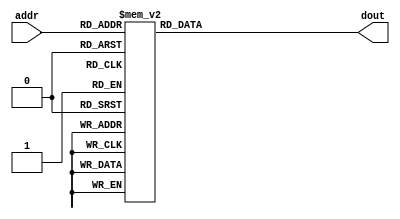
module l_ltf_rom
(
  input      [7:0]  addr,
  output reg [31:0] dout  
);

  always @ *
    case (addr)
              0:   dout = 32'hEC000000;
              1:   dout = 32'h0193F382;
              2:   dout = 32'h0BBDF273;
              3:   dout = 32'hF43DF143;
              4:   dout = 32'hFFA4F91E;
              5:   dout = 32'h099C097A;
              6:   dout = 32'hEFB402A0;
              7:   dout = 32'hF066021F;
              8:   dout = 32'hFB841350;
              9:   dout = 32'hF8C602CA;
             10:   dout = 32'hF848F598;
             11:   dout = 32'h08E7FE31;
             12:   dout = 32'h0A86F42E;
             13:   dout = 32'hEF33F7A7;
             14:   dout = 32'hF8ADFAF8;
             15:   dout = 32'h04BAF369;
             16:   dout = 32'h08000800;
             17:   dout = 32'h0F430086;
             18:   dout = 32'hFD1FEB70;
             19:   dout = 32'h078201EA;
             20:   dout = 32'h0322077E;
             21:   dout = 32'hEE7D0611;
             22:   dout = 32'h00200EB8;
             23:   dout = 32'h06D4FF7A;
             24:   dout = 32'h0C7C0350;
             25:   dout = 32'hFB180D97;
             26:   dout = 32'hF1430710;
             27:   dout = 32'h07A80B3A;
             28:   dout = 32'h02B4FC6E;
             29:   dout = 32'h0C65F567;
             30:   dout = 32'h05170E3A;
             31:   dout = 32'hFF580F67;
             32:   dout = 32'h14000000;
             33:   dout = 32'hFF58F099;
             34:   dout = 32'h0517F1C6;
             35:   dout = 32'h0C650A99;
             36:   dout = 32'h02B40392;
             37:   dout = 32'h07A8F4C6;
             38:   dout = 32'hF143F8F0;
             39:   dout = 32'hFB18F269;
             40:   dout = 32'h0C7CFCB0;
             41:   dout = 32'h06D40086;
             42:   dout = 32'h0020F148;
             43:   dout = 32'hEE7DF9EF;
             44:   dout = 32'h0322F882;
             45:   dout = 32'h0782FE16;
             46:   dout = 32'hFD1F1490;
             47:   dout = 32'h0F43FF7A;
             48:   dout = 32'h0800F800;
             49:   dout = 32'h04BA0C97;
             50:   dout = 32'hF8AD0508;
             51:   dout = 32'hEF330859;
             52:   dout = 32'h0A860BD2;
             53:   dout = 32'h08E701CF;
             54:   dout = 32'hF8480A68;
             55:   dout = 32'hF8C6FD36;
             56:   dout = 32'hFB84ECB0;
             57:   dout = 32'hF066FDE1;
             58:   dout = 32'hEFB4FD60;
             59:   dout = 32'h099CF686;
             60:   dout = 32'hFFA406E2;
             61:   dout = 32'hF43D0EBD;
             62:   dout = 32'h0BBD0D8D;
             63:   dout = 32'h01930C7E;
             64:   dout = 32'hEC000000;
             65:   dout = 32'h0193F382;
             66:   dout = 32'h0BBDF273;
             67:   dout = 32'hF43DF143;
             68:   dout = 32'hFFA4F91E;
             69:   dout = 32'h099C097A;
             70:   dout = 32'hEFB402A0;
             71:   dout = 32'hF066021F;
             72:   dout = 32'hFB841350;
             73:   dout = 32'hF8C602CA;
             74:   dout = 32'hF848F598;
             75:   dout = 32'h08E7FE31;
             76:   dout = 32'h0A86F42E;
             77:   dout = 32'hEF33F7A7;
             78:   dout = 32'hF8ADFAF8;
             79:   dout = 32'h04BAF369;
             80:   dout = 32'h08000800;
             81:   dout = 32'h0F430086;
             82:   dout = 32'hFD1FEB70;
             83:   dout = 32'h078201EA;
             84:   dout = 32'h0322077E;
             85:   dout = 32'hEE7D0611;
             86:   dout = 32'h00200EB8;
             87:   dout = 32'h06D4FF7A;
             88:   dout = 32'h0C7C0350;
             89:   dout = 32'hFB180D97;
             90:   dout = 32'hF1430710;
             91:   dout = 32'h07A80B3A;
             92:   dout = 32'h02B4FC6E;
             93:   dout = 32'h0C65F567;
             94:   dout = 32'h05170E3A;
             95:   dout = 32'hFF580F67;
             96:   dout = 32'h14000000;
             97:   dout = 32'hFF58F099;
             98:   dout = 32'h0517F1C6;
             99:   dout = 32'h0C650A99;
            100:   dout = 32'h02B40392;
            101:   dout = 32'h07A8F4C6;
            102:   dout = 32'hF143F8F0;
            103:   dout = 32'hFB18F269;
            104:   dout = 32'h0C7CFCB0;
            105:   dout = 32'h06D40086;
            106:   dout = 32'h0020F148;
            107:   dout = 32'hEE7DF9EF;
            108:   dout = 32'h0322F882;
            109:   dout = 32'h0782FE16;
            110:   dout = 32'hFD1F1490;
            111:   dout = 32'h0F43FF7A;
            112:   dout = 32'h0800F800;
            113:   dout = 32'h04BA0C97;
            114:   dout = 32'hF8AD0508;
            115:   dout = 32'hEF330859;
            116:   dout = 32'h0A860BD2;
            117:   dout = 32'h08E701CF;
            118:   dout = 32'hF8480A68;
            119:   dout = 32'hF8C6FD36;
            120:   dout = 32'hFB84ECB0;
            121:   dout = 32'hF066FDE1;
            122:   dout = 32'hEFB4FD60;
            123:   dout = 32'h099CF686;
            124:   dout = 32'hFFA406E2;
            125:   dout = 32'hF43D0EBD;
            126:   dout = 32'h0BBD0D8D;
            127:   dout = 32'h01930C7E;
            128:   dout = 32'hEC000000;
            129:   dout = 32'h0193F382;
            130:   dout = 32'h0BBDF273;
            131:   dout = 32'hF43DF143;
            132:   dout = 32'hFFA4F91E;
            133:   dout = 32'h099C097A;
            134:   dout = 32'hEFB402A0;
            135:   dout = 32'hF066021F;
            136:   dout = 32'hFB841350;
            137:   dout = 32'hF8C602CA;
            138:   dout = 32'hF848F598;
            139:   dout = 32'h08E7FE31;
            140:   dout = 32'h0A86F42E;
            141:   dout = 32'hEF33F7A7;
            142:   dout = 32'hF8ADFAF8;
            143:   dout = 32'h04BAF369;
            144:   dout = 32'h08000800;
            145:   dout = 32'h0F430086;
            146:   dout = 32'hFD1FEB70;
            147:   dout = 32'h078201EA;
            148:   dout = 32'h0322077E;
            149:   dout = 32'hEE7D0611;
            150:   dout = 32'h00200EB8;
            151:   dout = 32'h06D4FF7A;
            152:   dout = 32'h0C7C0350;
            153:   dout = 32'hFB180D97;
            154:   dout = 32'hF1430710;
            155:   dout = 32'h07A80B3A;
            156:   dout = 32'h02B4FC6E;
            157:   dout = 32'h0C65F567;
            158:   dout = 32'h05170E3A;
            159:   dout = 32'hFF580F67;

          default: dout = 32'h00000000;
    endcase

endmodule